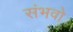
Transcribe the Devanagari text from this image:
संभवो